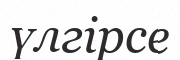
үлгірсе